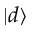
| d \rangle